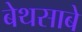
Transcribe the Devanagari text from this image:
बेथसाबे